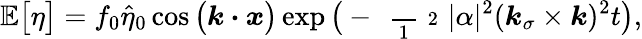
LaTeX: \mathbb{E}\big[\eta\big]=f_{0}\widehat{\eta}_{0}\cos\big(\boldsymbol{k}\boldsymbol{\cdot}\boldsymbol{x}\big)\exp\big(-\mathrm{~\scriptsize~\frac~{~1~}~{~2~}~}|\alpha|^{2}(\boldsymbol{k}_{\sigma}\times\boldsymbol{k})^{2}t\big),